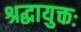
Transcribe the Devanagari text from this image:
श्रद्धायुक्तः